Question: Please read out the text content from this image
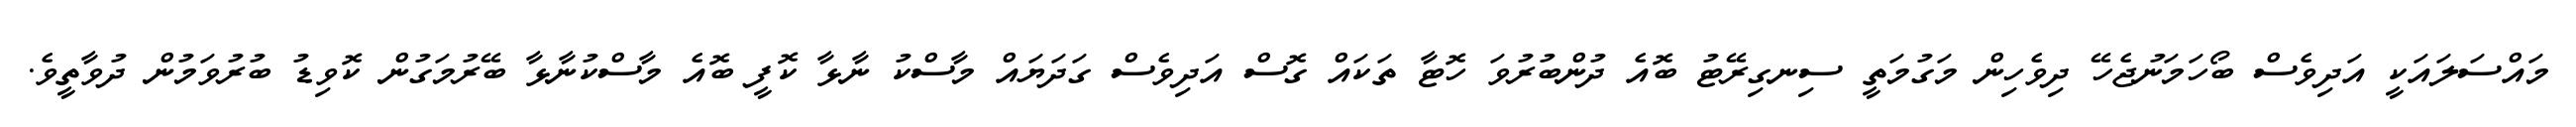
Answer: މައްސަލައަކީ އަދިވެސް ބޯހަމަނުޖެހޭ ދިވެހިން މަގުމަތީ ސިނގިރޭޓު ބޮއެ ދުންބުރުވަ ހޮޓާ ތަކައް ގޮސް އަދިވެސް ގަދަޔައް މާސްކު ނާޅާ ކޮފީ ބޮއެ މާސްކުނާޅާ ބޭރުމަގުން ކޮވިޑު ބުރުވަމުން ދުވާތީވެ.